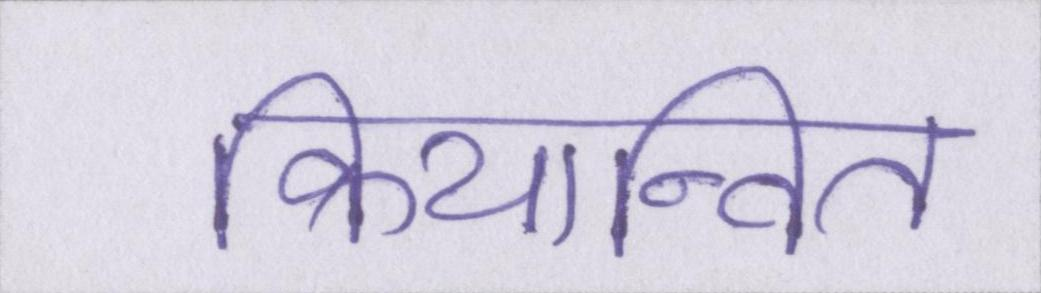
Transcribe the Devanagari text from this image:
क्रियान्वित